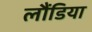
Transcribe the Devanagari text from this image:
लौंडिया